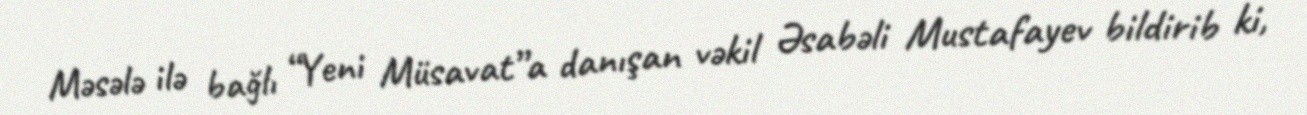
Məsələ ilə bağlı “Yeni Müsavat”a danışan vəkil Əsabəli Mustafayev bildirib ki,